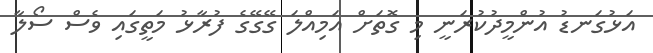
އަޅުގަނޑު އުންމީދުކުރަނީ މި ގޮތަށް އަމިއްލަ ގޭގޭގެ ފުރާޅު މަތީގައި ވެސް ސޯލާ